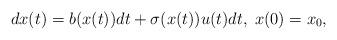
LaTeX: \begin{align*}dx(t)=b(x(t))dt+\sigma (x(t))u(t)dt,\;x(0)=x_{0}, \end{align*}